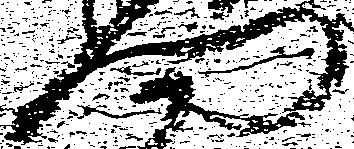
門